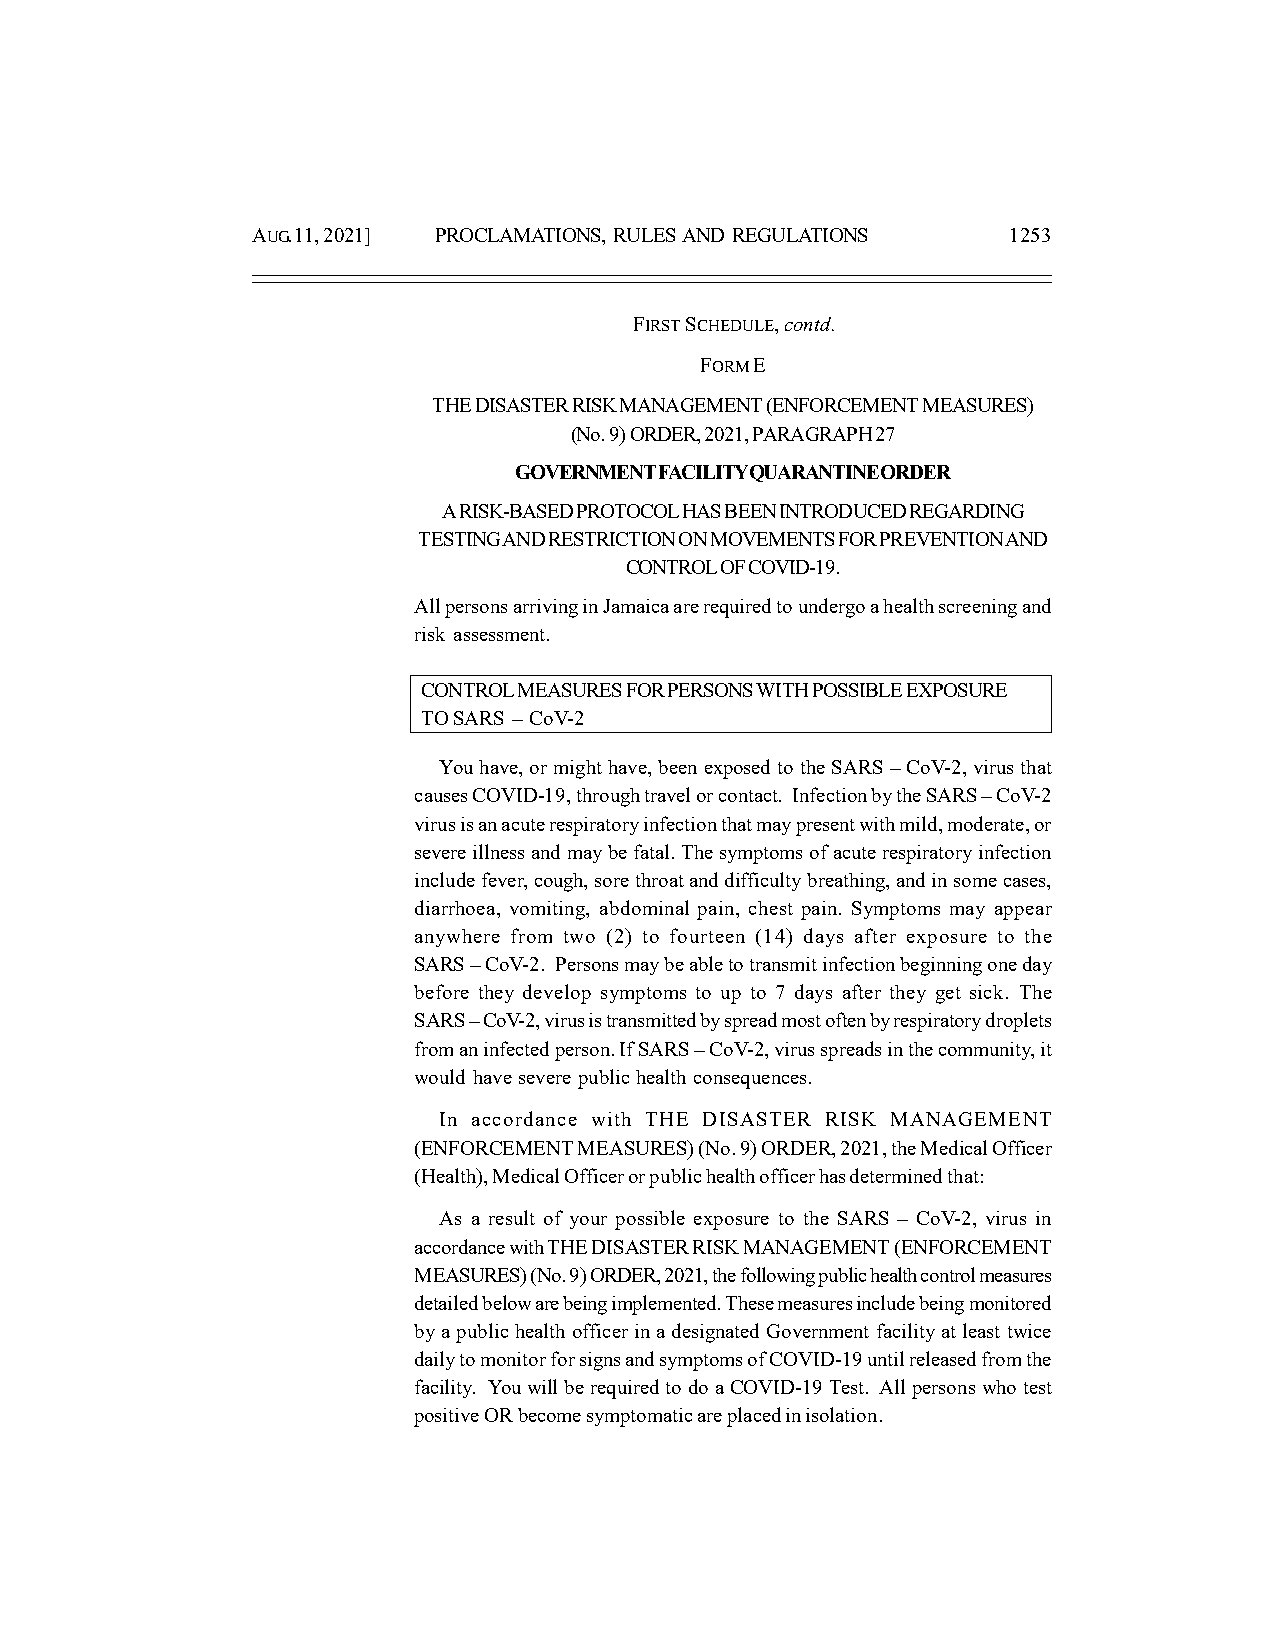
AUG. 11, 2021] PROCLAMATIONS, RULES AND REGULATIONS 1253
 FIRST SCHEDULE, contd.
 FORM E
 THE DISASTER RISK MANAGEMENT (ENFORCEMENT MEASURES)
 (No. 9) ORDER, 2021, PARAGRAPH 27
 GOVERNMENT FACILITY QUARANTINE ORDER
 A RISK-BASED PROTOCOL HAS BEEN INTRODUCED REGARDING
 TESTING AND RESTRICTION ON MOVEMENTS FOR PREVENTION AND
 CONTROL OF COVID-19.
 All persons arriving in Jamaica are required to undergo a health screening and
 risk assessment.
 CONTROL MEASURES FOR PERSONS WITH POSSIBLE EXPOSURE
 TO SARS – CoV-2
 You have, or might have, been exposed to the SARS – CoV-2, virus that
 causes COVID-19, through travel or contact. Infection by the SARS – CoV-2
 virus is an acute respiratory infection that may present with mild, moderate, or
 severe illness and may be fatal. The symptoms of acute respiratory infection
 include fever, cough, sore throat and difficulty breathing, and in some cases,
 diarrhoea, vomiting, abdominal pain, chest pain. Symptoms may appear
 anywhere from two (2) to fourteen (14) days after exposure to the
 SARS – CoV-2. Persons may be able to transmit infection beginning one day
 before they develop symptoms to up to 7 days after they get sick. The
 SARS – CoV-2, virus is transmitted by spread most often by respiratory droplets
 from an infected person. If SARS – CoV-2, virus spreads in the community, it
 would have severe public health consequences.
 In accordance with THE DISASTER RISK MANAGEMENT
 (ENFORCEMENT MEASURES) (No. 9) ORDER, 2021, the Medical Officer
 (Health), Medical Officer or public health officer has determined that:
 As a result of your possible exposure to the SARS – CoV-2, virus in
 accordance with THE DISASTER RISK MANAGEMENT (ENFORCEMENT
 MEASURES) (No. 9) ORDER, 2021, the following public health control measures
 detailed below are being implemented. These measures include being monitored
 by a public health officer in a designated Government facility at least twice
 daily to monitor for signs and symptoms of COVID-19 until released from the
 facility. You will be required to do a COVID-19 Test. All persons who test
 positive OR become symptomatic are placed in isolation.